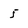
Character: 5